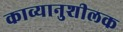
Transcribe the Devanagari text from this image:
काव्यानुशीलक